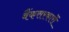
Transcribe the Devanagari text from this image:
बैंकसरकारों